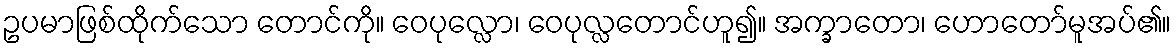
ဥပမာဖြစ်ထိုက်သော တောင်ကို။ ဝေပုလ္လော၊ ဝေပုလ္လတောင်ဟူ၍။ အက္ခာတော၊ ဟောတော်မူအပ်၏။